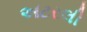
અટરલી